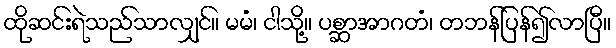
ထိုဆင်းရဲသည်သာလျှင်။ မမံ၊ ငါသို့။ ပစ္ဆာအာဂတံ၊ တဘန်ပြန်၍လာပြီ။